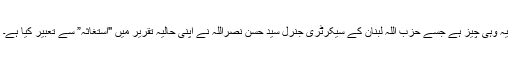
یہ وہی چیز ہے جسے حزب اللہ لبنان کے سیکرٹری جنرل سید حسن نصراللہ نے اپنی حالیہ تقریر میں "استغاثہ” سے تعبیر کیا ہے۔